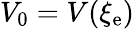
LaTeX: V_{0}=V(\xi_{\mathrm{e}})